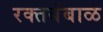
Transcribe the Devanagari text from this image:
रक्‍तबंबाळ